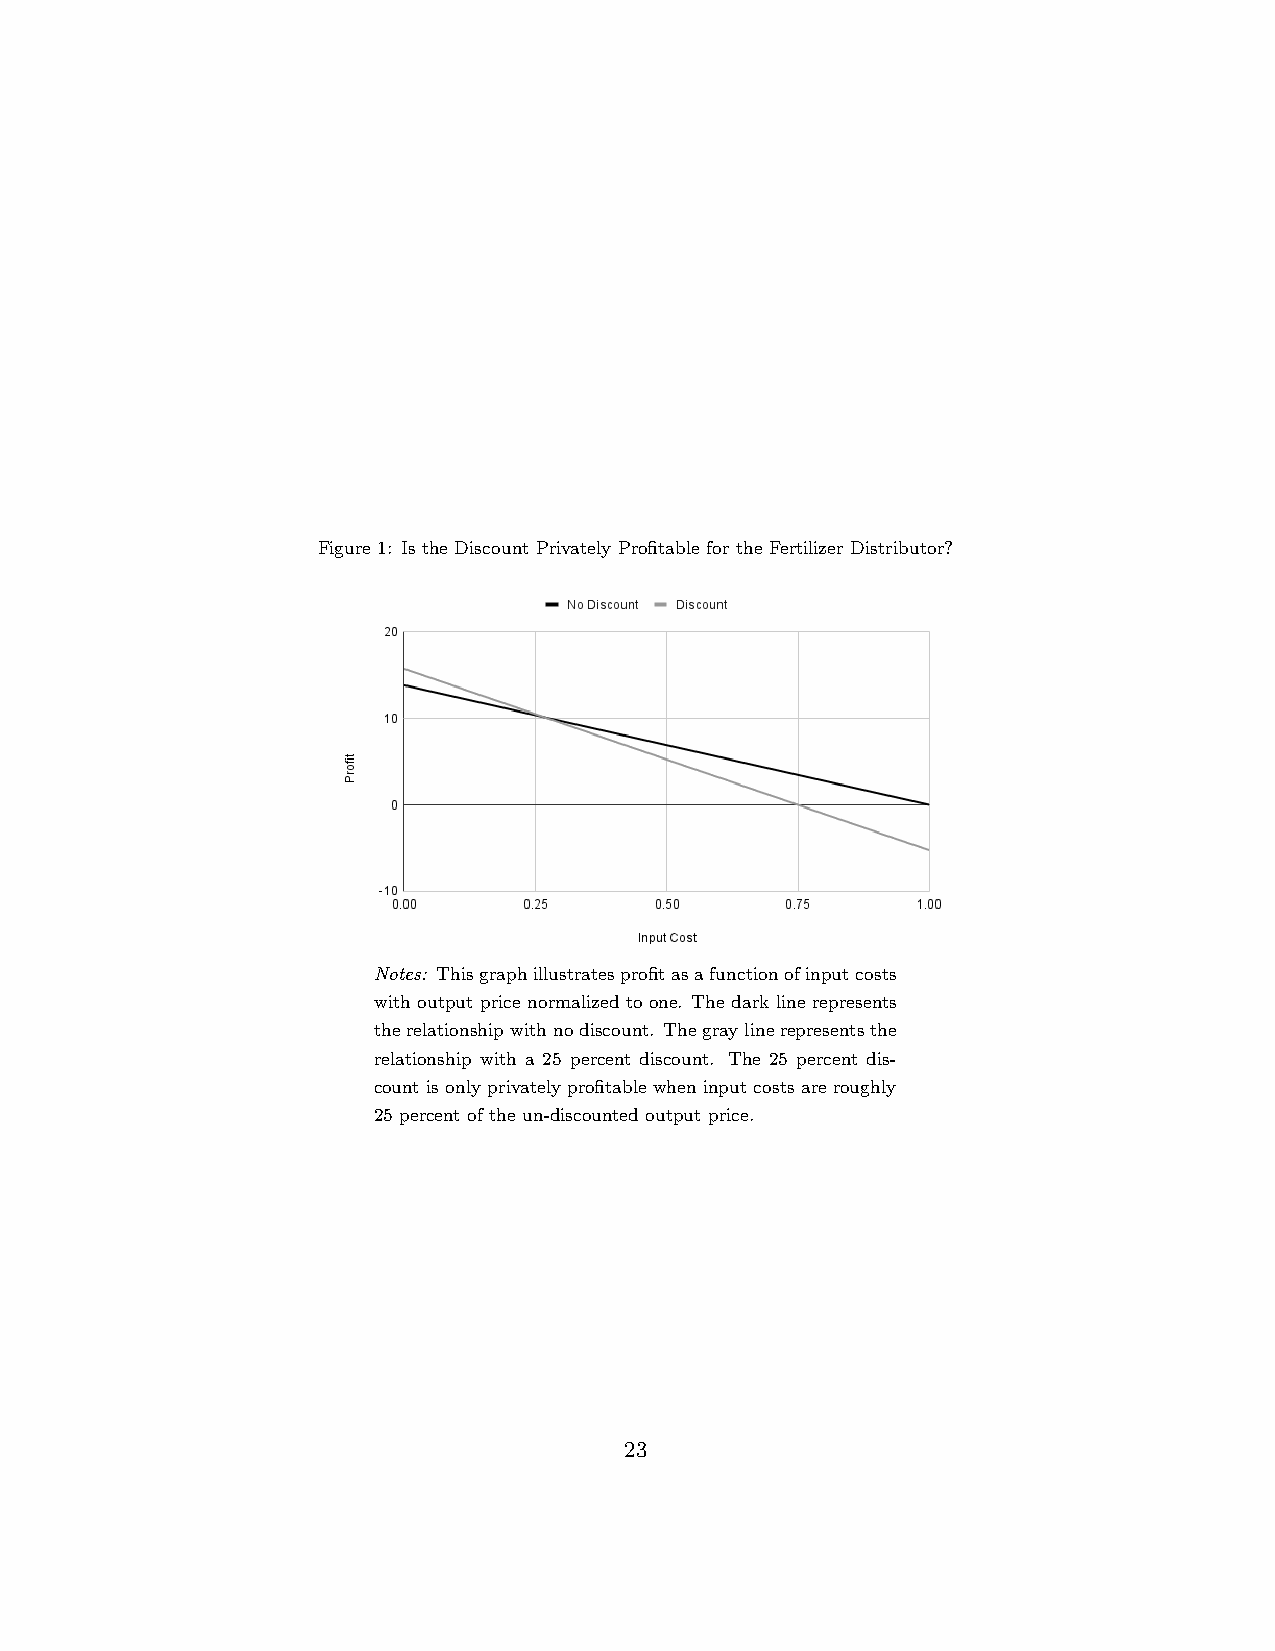
Figure 1: Is the Discount Privately Profitable for the Fertilizer Distributor?
 Notes: Thisgraphillustratesprofitasafunctionofinputcosts
 with output price normalized to one. The dark line represents
 therelationshipwithnodiscount. Thegraylinerepresentsthe
 relationship with a 25 percent discount. The 25 percent dis-
 countisonlyprivatelyprofitablewheninputcostsareroughly
 25 percent of the un-discounted output price.
 23